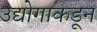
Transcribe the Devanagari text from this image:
उद्योगाकडून